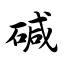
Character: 碱